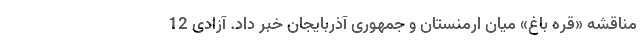
مناقشه «قره باغ» میان ارمنستان و جمهوری آذربایجان خبر داد. آزادی 12